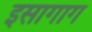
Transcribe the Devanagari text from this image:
इसागाग